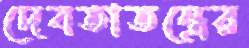
দেবতাতন্ত্রের